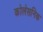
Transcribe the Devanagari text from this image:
कोलेसनिक